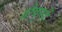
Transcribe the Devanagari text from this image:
ग्रौबुनदें